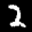
Label: 2